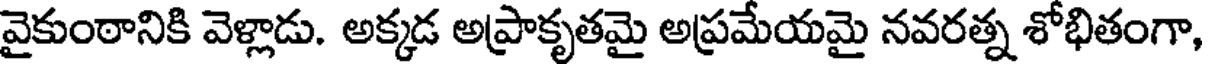
వైకుంఠానికి వెళ్లాడు. అక్కడ అప్రాకృతమై అప్రమేయమై నవరత్న శోభితంగా,